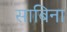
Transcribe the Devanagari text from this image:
साबिना